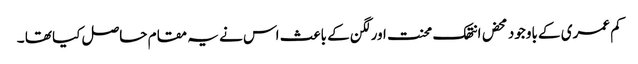
کم عمری کے باوجود محض انتھک محنت اورلگن کے باعث اس نے یہ مقام حاصل کیا تھا ۔